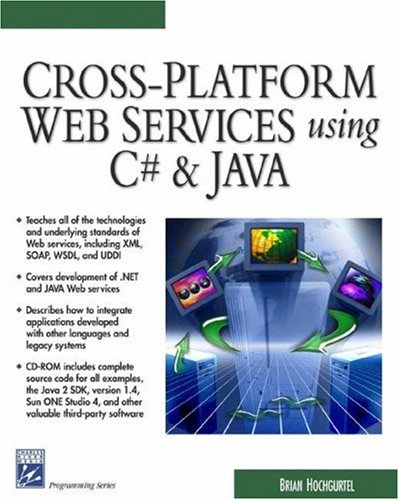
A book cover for Cross-Platform Web Services Using C# & JAVA (Charles River Media Internet & Web Design); Brian Hochgurtel; Computers & Technology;